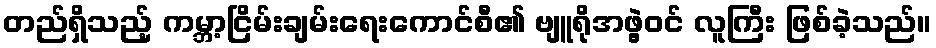
တည်ရှိသည့် ကမ္ဘာ့ငြိမ်းချမ်းရေးကောင်စီ၏ ဗျူရိုအဖွဲ့ဝင် လူကြီး ဖြစ်ခဲ့သည်။